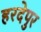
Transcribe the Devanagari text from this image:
हरदेपुर